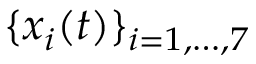
\{ x _ { i } ( t ) \} _ { i = 1 , \ldots , 7 }